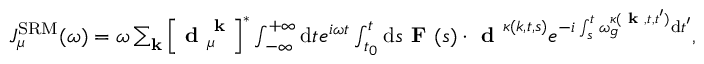
\begin{array} { r } { J _ { \mu } ^ { \mathrm { S R M } } ( \omega ) = \omega \sum _ { \mathbf { k } } \left[ \textbf { d } _ { \mu } ^ { \textbf { k } } \right] ^ { * } \int _ { - \infty } ^ { + \infty } \mathrm { d } t e ^ { i \omega t } \int _ { t _ { 0 } } ^ { t } \mathrm { d } s \textbf { F } ( s ) \cdot \textbf { d } ^ { \kappa ( k , t , s ) } e ^ { - i \int _ { s } ^ { t } \omega _ { g } ^ { \kappa ( \textbf { k } , t , t ^ { \prime } ) } \mathrm { d } t ^ { \prime } } , } \end{array}